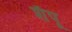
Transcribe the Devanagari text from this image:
शँपू